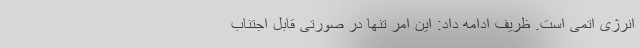
انرژی اتمی است. ظریف ادامه داد: این امر تنها در صورتی قابل اجتناب